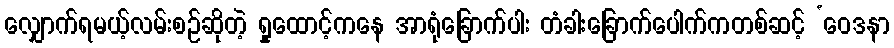
လျှောက်ရမယ့်လမ်းစဉ်ဆိုတဲ့ ရှုထောင့်ကနေ အာရုံခြောက်ပါး တံခါးခြောက်ပေါက်ကတစ်ဆင့် ‘ဝေဒနာ